Annual report of the Imperial Bacteriologist
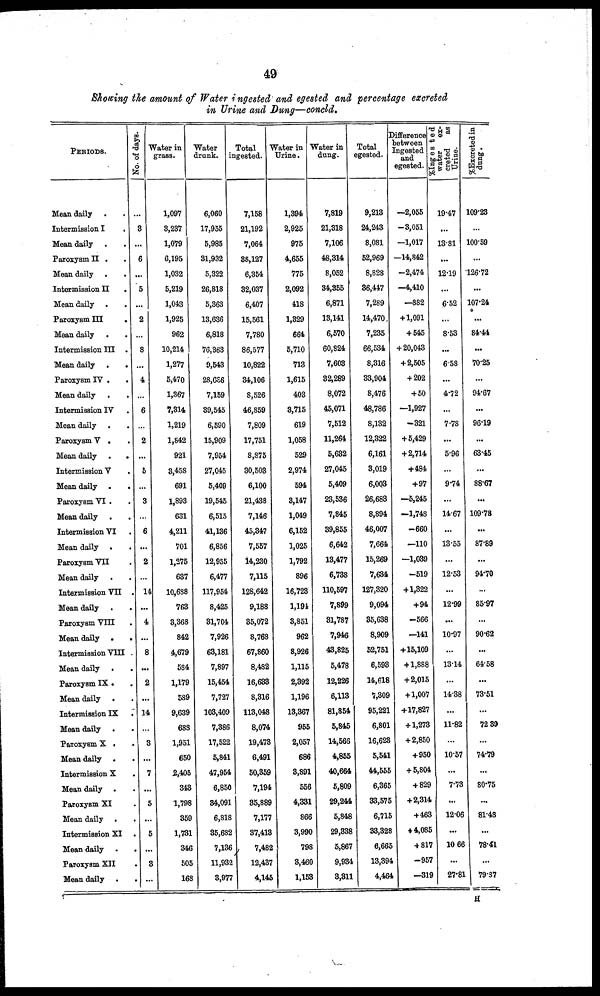
49
Showing the amount of Water ingested. and egested and percentage excreted
in Urine and Dung—concld.
PERIODS.
Mean daily .
Intermission I
Mean daily
Paroxysm II .
.
Mean daily .
.
Intermission II
.
Mean daily .
.
Paroxysm III
.
Mean daily .
.
Intermission III .
Mean daily .
.
Paroxysm IV .
Mean daily .
.
Intermission IV
Mean daily .
Paroxysm V .
Mean daily .
.
Intermission V
Mean daily .
.
Paroxysm VI.
Mean daily .
Intermission VI
Mean daily .
.
Paroxysm VII
Mean daily .
.
Intermission VII .
Mean daily .
Paroxysm VIII
Mean daily .
.
Intermission VIII .
Mean daily .
.
Paroxysm IX .
Mean daily .
Intermission IX
.
Mean daily .
Paroxysm X .
..
Mean daily .
Intermission X
.
Mean daily .
Paroxysm XI
Mean daily .
.
Intermission XI .
Mean daily .
.
Paroxysm XII
.
Mean daily .
.
No.
of days.
...
3
...
6
...
5
...
2
...
8
...
4
...
6
...
2
...
5
...
3
...
6
...
2
...
14
...
4
...
8
...
2
...
14
...
3
...
7
...
5
...
5
...
3
Water in
grass.
1,097
3,237
1,079
6,195
1,032
5,219
1,043
l,925
962
10,214
1,277
5,470
1,367
7,814
1,219
1,842
921
3,458
691
1,893
631
4,211
701
1,275
637
10,688
763
3,368
842
4,679
584
1,179
589
9,639
683
1,951
650
2,405
343
1,798
359
1,781
346
505
168
Water
drunk.
6,060
17,955
5,985
31,932
5,322
26,818
5,363
13,636
6,818
76,863
9,543
28,686
7,159
39,545
6,590
15,909
7,954
27,045
5,409
19,545
6,515
41,136
6,856
12,955
6,477
117,954
8,425
31,704
7,926
63,181
7,897
15,454
7,727
103,409
7,386
17,522
5,841
47,954
6,850
34,091
6,818
35,682
7,136
11,932
3,977
Total
ingested.
7,158
21,192
7,064
38,127
6,354
32,037
6,407
15,561
7,780
86,577
10,822
34,106
8,526
46,859
7,809
17,751
8,875
30,503
6,100
21,438
7,146
45,347
7,557
14,230
7,115
128,642
9,188
35,072
8,768
67,860
8,482
16,633
8,316
113,048
8,074
19,473
6,491
50,359
7,194
35,889
7,177
37,413
7,482
12,437
4,145
Water in
Urine.
1,394
2,925
975
4,655
775
2,092
418
1,329
664
5,710
713
1,615
403
3,715
619
1,058
529
2,974
594
3,147
1,049
6,152
1,025
1,792
896
16,723
1,194
3,851
962
8,926
1,115
2,392
1,196
13,367
955
2,057
686
3,891
556
4,331
866
3,990
798
3,460
1,153
Water in
dung.
7,819
21,318
7,106
48,314
8,052
34,355
6,871
13,141
6,570
60,824
7,603
32,289
8,072
45,071
7,512
11,264
5,632
27,045
5,409
23,536
7,845
39,855
6,642
13,477
6,738
110,597
7,899
31,787
7,946
43,825
5,478
12,226
6,113
81,854
5,845
14,566
4,855
40,664
5,809
29,244
5,848
29,338
5,867
9,934
3,311
Total
egested.
9,213
24,243
8,081
52,969
8,828
36,447
7,289
14,470,
7,235
66,534
8,316
33,904
8,476
48,786
8,132
12,322
6,161
3,019
6,003
26,688
8,894
46,007
7,664
15,269
7,634
127,320
9,094
35,638
8,909
52,751
6,593
14,618
7,309
95,221
6,801
16,623
5,541
44,555
6,365
33,575
6,715
33,328
6,665
13,394
4,464
Difference
between
Ingested
and
egested.
-2,055
-3,051
-1,017
-14,842
-2,474
-4,410
-882
+1,091
+545
+20,043
+2,505
+202
+50
-1,927
-321
+5,429
+2,714
+484
+97
-5,245
-1,748
-660
-110
-1,039
-519
+1,322
+94
-566
-141
+15,109
+1,888
+2,015
+1,007
+17,827
+1,273
+2,850
+950
+5,804
+829
+2,314
+463
+4,085
+ 817
-957
-319
%Ingested
water
ex-
creted
as
Urine.
19.47
...
13.81
...
12.19
...
6.52
...
8.53
...
6.58
...
4.72
...
7.78
...
5.96
...
9.74
...
14.67
...
13.55
...
12.53
...
12.99
...
10.97
...
13.14
...
14.38
...
11.82
...
10.57
7.73
...
12.06
...
10.66
...
27.81
%Excreted in
dung.
109.23
...
100.59
...
126.72
...
107.24
...
84.44
...
70.25
...
94.67
...
96.19
...
63.45
...
88.67
...
109.78
...
87.89
...
94.70
...
85.97
...
90.62
...
64.58
...
73.51
...
72.39
...
74.79
...
80.75
...
81.48
...
78.41
...
79.37
H